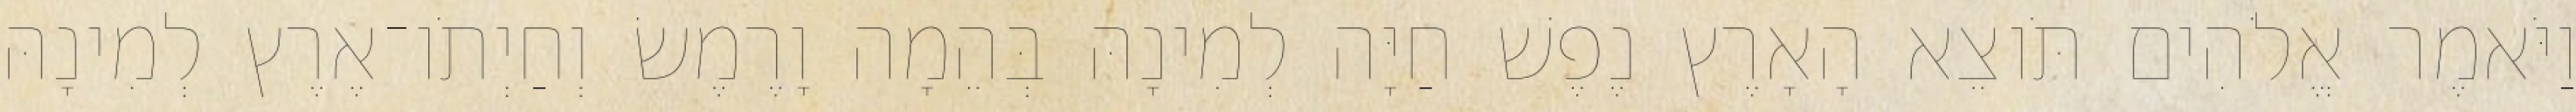
וַיֹּאמֶר אֱלֹהִים תֹּוצֵא הָאָרֶץ נֶפֶשׁ חַיָּה לְמִינָהּ בְּהֵמָה וָרֶמֶשׂ וְחַיְתֹו־אֶרֶץ לְמִינָהּ